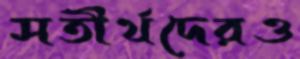
সতীর্থদেরও